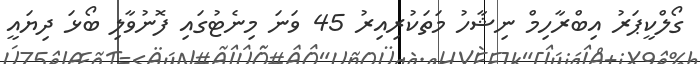
ގޯލްކީޕަރު އިބްރާހިމް ނިޝާހު މަތަކުރިއިރު 45 ވަނަ މިނެޓުގައި ފޮނުވާލި ބޯޅަ ދިޔައީ